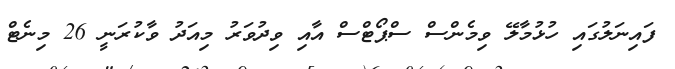
ފައިނަލުގައި ހުޅުމާލޭ ވިމެންސް ސްޕޯޓްސް އާއި ވިދުވަރު މިއަދު ވާކުރަނީ 26 މިނެޓް